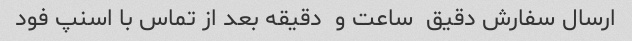
ارسال سفارش دقیق  ساعت و  دقیقه بعد از تماس با اسنپ فود